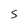
Character: S